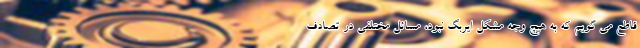
قاطع می گویم که به هیچ وجه مشکل ایربگ نبود، مسائل مختلفی در تصادف